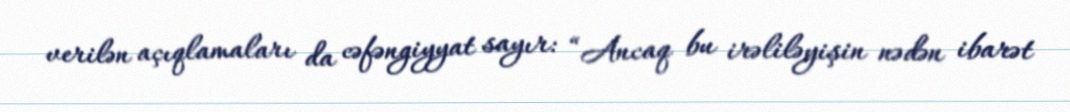
verilən açıqlamaları da cəfəngiyyat sayır: “Ancaq bu irəliləyişin nədən ibarət